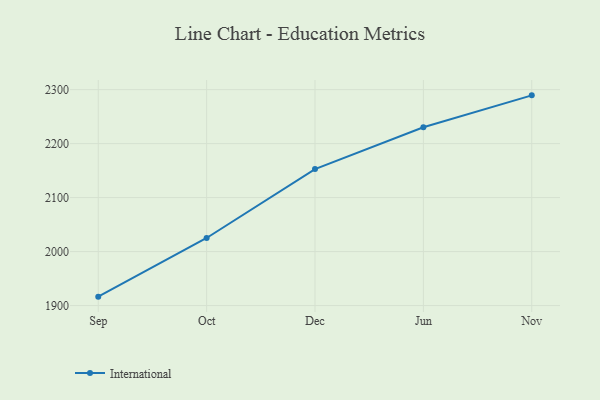
{"axis": {"x": "Month", "y": "Churn Rate (%)"}, "legend": ["International"], "data": [{"x": "Sep", "y": 1916.5, "type": "International"}, {"x": "Oct", "y": 2025.2, "type": "International"}, {"x": "Dec", "y": 2152.8, "type": "International"}, {"x": "Jun", "y": 2230.2, "type": "International"}, {"x": "Nov", "y": 2289.4, "type": "International"}]}